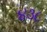
૪૩૮